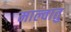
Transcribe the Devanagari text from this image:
माल्वातु